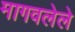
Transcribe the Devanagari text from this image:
मागवलेले